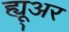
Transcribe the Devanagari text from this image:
ह्यू्अर